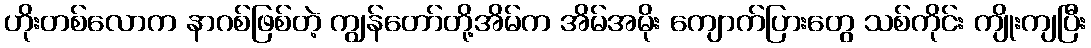
ဟိုးတစ်လောက နာဂစ်ဖြစ်တဲ့ ကျွန်တော်တို့အိမ်က အိမ်အမိုး ကျောက်ပြားတွေ သစ်ကိုင်း ကျိုးကျပြီး